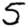
Digit: 5